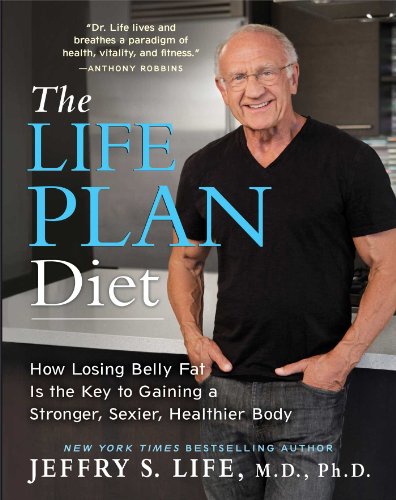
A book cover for The Life Plan Diet: How Losing Belly Fat is the Key to Gaining a Stronger, Sexier, Healthier Body; Jeffry S. Life M.D.  Ph.D.; Health, Fitness & Dieting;